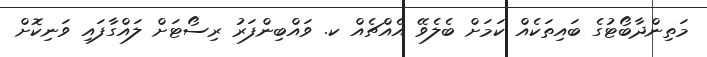
މަތިންދާބޯޓުގެ ބައިތަކެއް ކަމަށް ބެލެވޭ އެއްޗެއް ކ. ވައްބިންފަރު ރިސޯޓަށް ލައްގާފައި ވަނިކޮށް